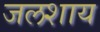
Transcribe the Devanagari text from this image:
जलशाय